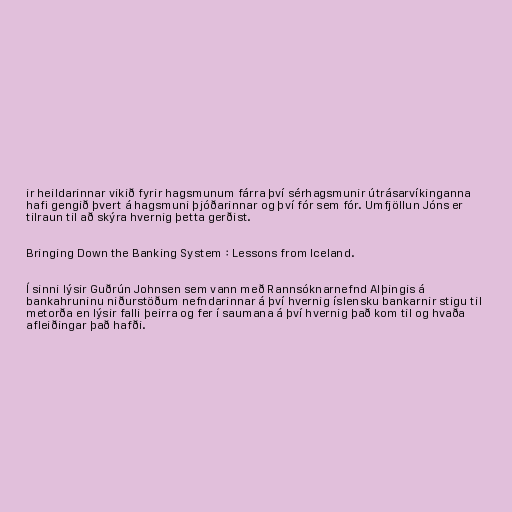
ir heildarinnar vikið fyrir hagsmunum fárra því sérhagsmunir útrásarvíkinganna
hafi gengið þvert á hagsmuni þjóðarinnar og því fór sem fór. Umfjöllun Jóns er
tilraun til að skýra hvernig þetta gerðist.

Bringing Down the Banking System : Lessons from Iceland.

Í sinni lýsir Guðrún Johnsen sem vann með Rannsóknarnefnd Alþingis á
bankahruninu niðurstöðum nefndarinnar á því hvernig íslensku bankarnir stigu til
metorða en lýsir falli þeirra og fer í saumana á því hvernig það kom til og hvaða
afleiðingar það hafði.